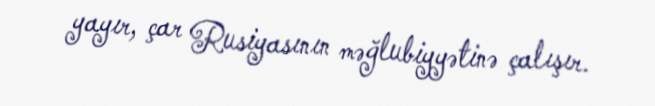
yayır, çar Rusiyasının məğlubiyyətinə çalışır.